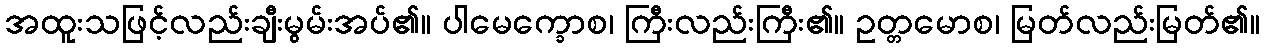
အထူးသဖြင့်လည်းချီးမွမ်းအပ်၏။ ပါမေက္ခောစ၊ ကြီးလည်းကြီး၏။ ဥတ္တမောစ၊ မြတ်လည်းမြတ်၏။